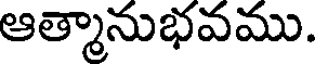
ఆత్మానుభవము.